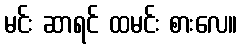
မင်း ဆာရင် ထမင်း စားလေ။